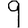
Digit: 9